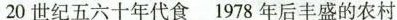
20世纪五六十年代食1978年后丰盛的农村